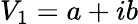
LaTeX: V_{1}=a+ib